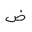
Letter: _dad